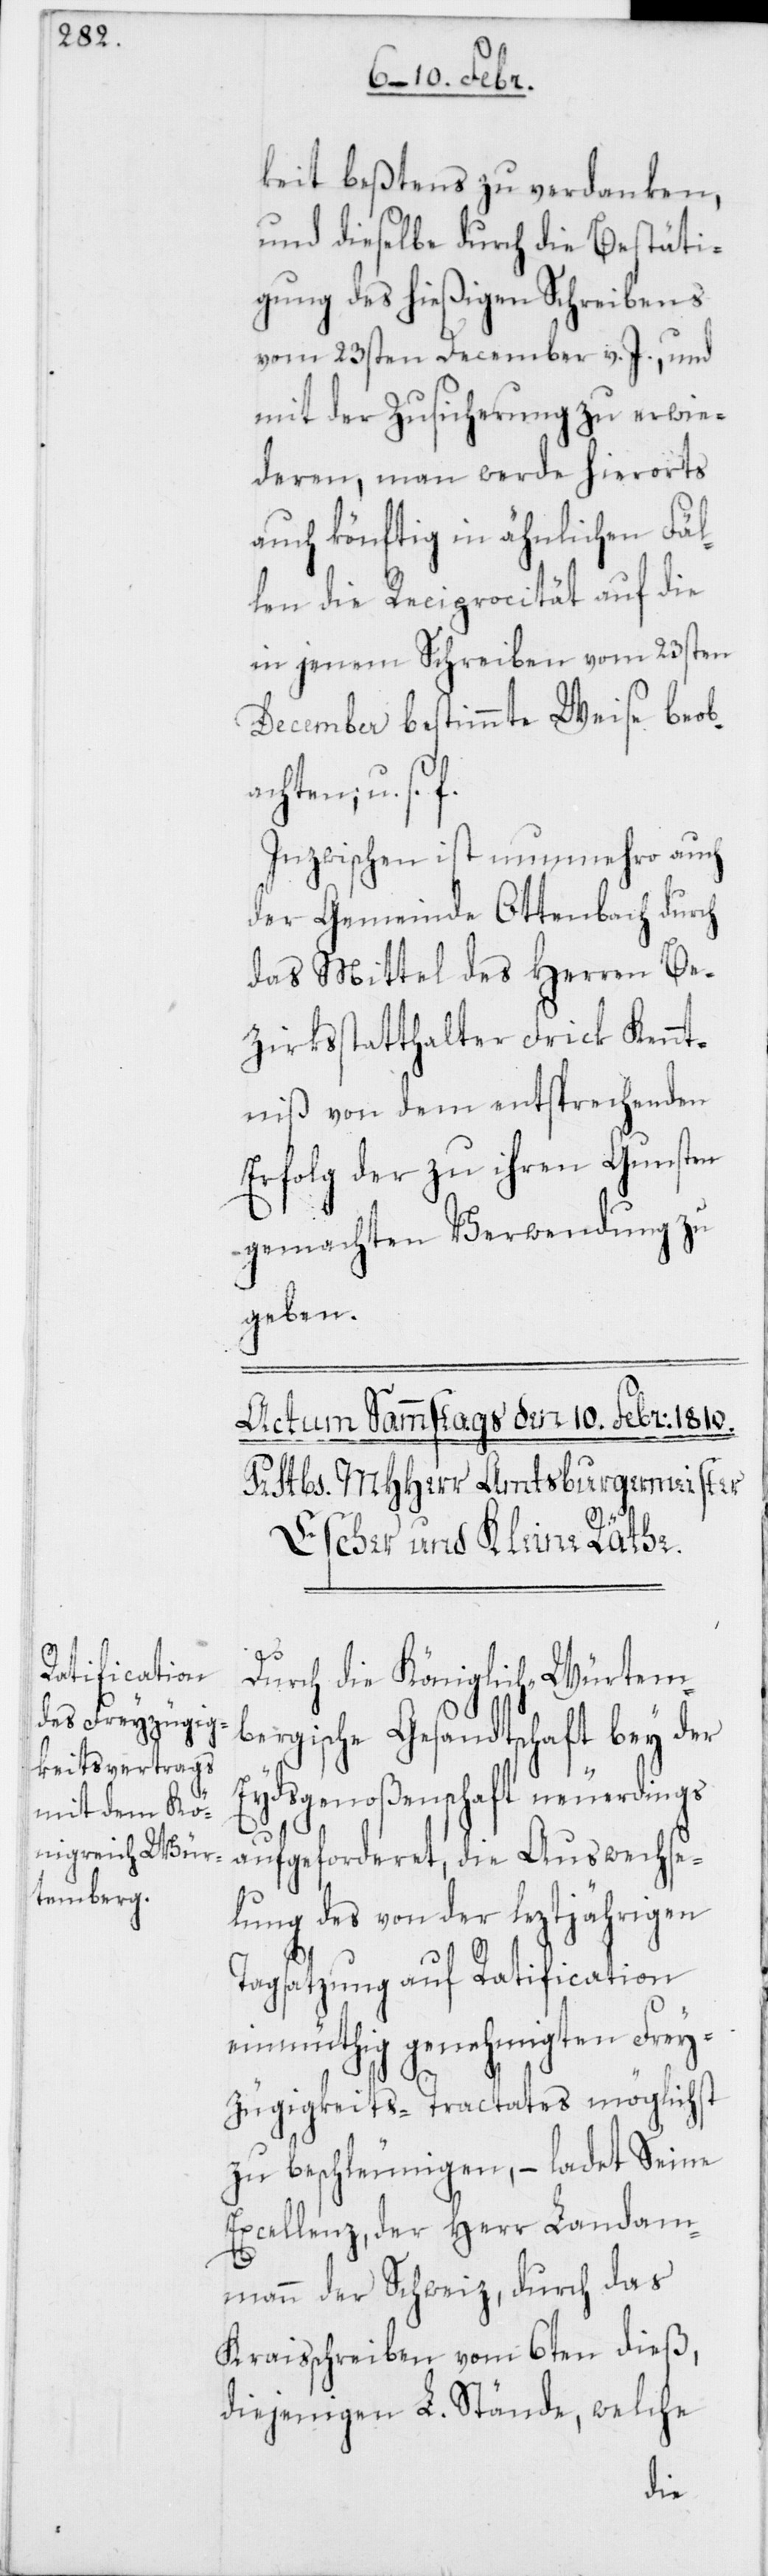
keit beßtens zu verdanken,
und dieselbe durch die Bestäti¬
gung des hießigen Schreibens
vom 23sten December v. J., und
mit der Zusicherung zu erwi¬
deren, man werde hierorts
auch könftig in ähnlichen Fäl¬
len die Reciprocität auf die
in jenem Schreiben vom 23sten
December bestimmte Weise beob¬
achten; u. s.
Inzwischen ist nunmehro auch
der Gemeinde Ottenbach durch
das Mittel des Herren Be¬
zirksstatthalters Frick Kennt¬
niß von dem entsprechenden
Erfolg der zu ihren Gunsten
gemachten Verwendung zu
geben.
Durch die Königlich-Würtem¬
bergische Gesandtschaft bey der
Eydsgenoßenschaft neuerdings
aufgeforderet, die Auswechse¬
lung des von der leztjährigen
Tagsatzung auf Ratification
einmüthig genehmigten Frey¬
zügigkeits-Tractates möglichst
zu beschleunigen, – ladet Seine
Excellenz der Herr Landam¬
mann der Schweiz, durch das
Kryisschreiben vom 6ten dieß,
diejenigen L. Stände, welche